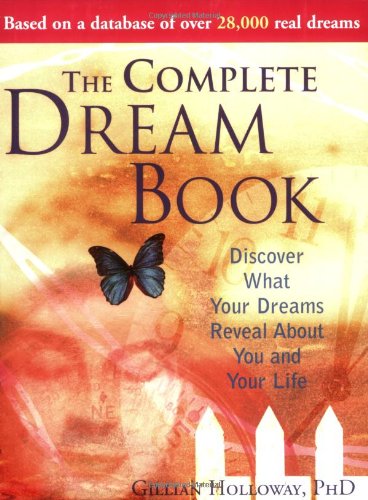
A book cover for The Complete Dream Book: Discover What Your Dreams Reveal about You and Your Life  (Book Cover May Vary); Gillian Holloway; Self-Help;